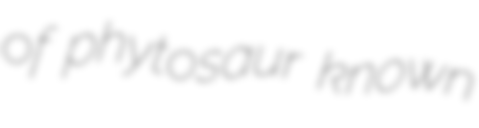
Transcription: of phytosaur known